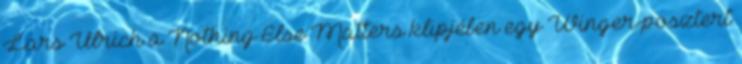
Lars Ulrich a Nothing Else Matters klipjében egy Winger-posztert